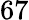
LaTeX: \mathrm{67}